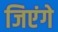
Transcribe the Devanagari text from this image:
जिएंगे